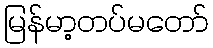
မြန်မာ့တပ်မတော်